Annual report of the Civil Veterinary Department, Bengal, for the year 1897-98 - 1897-1898
Year: 1897
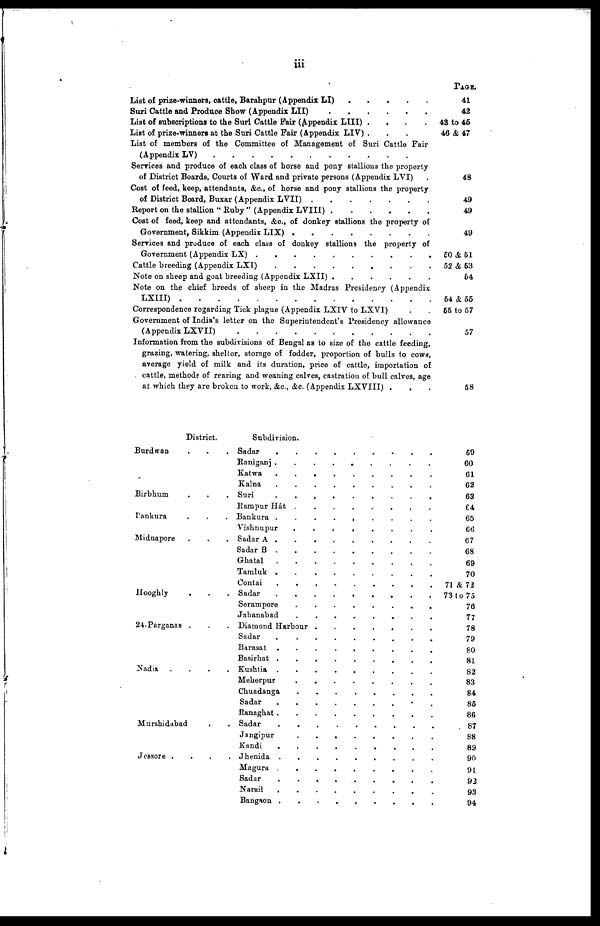
iii
List of prize-winners, cattle, Barahpur (Appendix LI) . . . . . . . .
Suri Cattle and Produce Show (Appendix LII) . . . . . . . . . . . . .
List of subscriptions to the Suri Cattle Fair (Appendix LIII) .
.
. . .
List of prize-winners at the Suri Cattle Fair (Appendix LIV) . . . .
List of members of the Committee of Management of Suri Cattle Fair
(Appendix LV)
.
.
.
.
.
.
.
.
.
.
.
.
.
Services and produce of each class of horse and pony stallions the property
of District Boards, Courts of Ward and private persons (Appendix LVI)
Cost of feed, keep, attendants, &c., of horse and pony stallions the property
of District Board, Buxar (Appendix LVII) . . . . . . . . . . . . .
Report on the stallion " Ruby " (Appendix LVIII) . . . . . . . . . . . . .
Cost of feed, keep and attendants, &c., of donkey stallions the property of
Government, Sikkim (Appendix LIX) . . . . . . . . . . . . .
Services and produce of each class of donkey stallions the property of
Government (Appendix LX)
.
.
.
.
.
.
.
.
.
.
.
.
.
Cattle breeding (Appendix LXI) . . . . . . . . . . . . .
Note on sheep and goat breeding (Appendix LXII) . . . . . . . . . . . . .
Note on the chief breeds of sheep in the Madras Presidency (Appendix
LXIII)
.
.
.
.
.
.
.
.
.
.
.
.
.
Correspondence rogarding Tick plague (Appendix LXIV to LXVI) ...
Government of India's letter on the Superintendent's Presidency allowance
(Appendix LXII) . . . . . . . . . . . . .
Information from the subdivisions of Bengal as to size of the cattle feeding,
grazing, watering, shelter, storage of fodder, proportion of bulls to cows,
average yield of milk and its duration, price of cattle, importation of
cattle, methods of rearing and weaning calves, castration of bull calves, age
at which they are broken to work, &c., &c. (Appendix LXVIII) ...
PAGE.
41
42
43 to 45
46 & 47
48
49
49
49
50 & 51
52 & 63
64
54 & 55
55 to 57
57
58
District.
Burdwan ...
Birbhum ...
Pankura ...
Midnapore ...
Hooghly ..
24 . Parganas . ..
Nadia ...
Murshiddbad ...
Jessore . . . .
Subdivision.
Sadar . . . . . . . . . . . . .
Raniganj
.........
Katwa
.........
Kalna
.........
Suri
.
.
.
.
.
.
.
.
.
.
.
.
.
Rampur Hat . . . . . . . . . . . . .
Bankura
.........
Vishnupur
........
Sadar A ........
Sadar B . . . . . . . . . . . . .
Ghatal . . . . . . . . . . . . .
Tamluk
.........
Contai . . . . . . . . . . . . .
Sadar
.........
Sorampore
........
Jahanabad
........
Diamond Harbour . . . . . . . . . . . . .
Sadar . . . . . . . . . . . . .
Barasat
.........
Basirhat
.........
Kushtia . . . . . . . . . . . . .
Meherpur . . . . . . . . . . . . .
Chuadanga . . . . . . . . . . . . .
Sadar . . . . . . . . . . . . .
Ranaghat
.........
Sadar
.........
Jangipur
.......
Kundi . . . . . . . . . . . . .
Jhenida . . . . . . . . . . . . .
Magura . . . . . . . . . . . . .
Sadar . . . . . . . . . . . . .
Narail . . . . . . . . . . . . .
Bangaon . . . . . . . . . . . . .
59
60
61
62
63
64
65
66
67
68
69
70
71 & 72
73 to 75
76
77
78
79
80
81
82
83
84
85
86
87
88
89
90
91
92
93
94